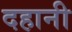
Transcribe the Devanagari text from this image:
दहानी